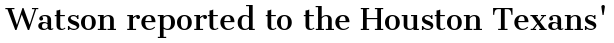
Watson reported to the Houston Texans'